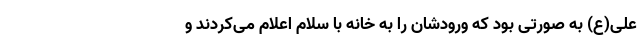
علی(ع) به صورتی بود که ورودشان را به خانه با سلام اعلام می‌کردند و